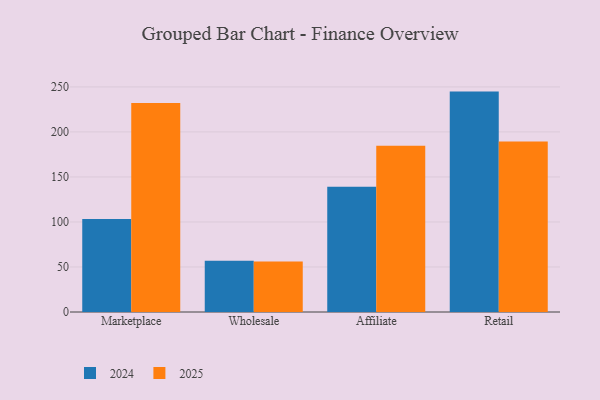
{"axis": {"x": "Channel", "y": "Tickets Resolved"}, "legend": ["2024", "2025"], "data": [{"x": "Marketplace", "y": 232.1, "type": "2025"}, {"x": "Marketplace", "y": 103.2, "type": "2024"}, {"x": "Wholesale", "y": 56.1, "type": "2025"}, {"x": "Wholesale", "y": 57.0, "type": "2024"}, {"x": "Affiliate", "y": 184.7, "type": "2025"}, {"x": "Affiliate", "y": 139.2, "type": "2024"}, {"x": "Retail", "y": 189.5, "type": "2025"}, {"x": "Retail", "y": 244.8, "type": "2024"}]}